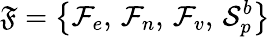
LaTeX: \mathfrak{F}=\left\{ \mathcal{F}_{e},\, \mathcal{F}_{n},\, \mathcal{F}_{v},\, \mathcal{S}_{p}^{b}\right\}